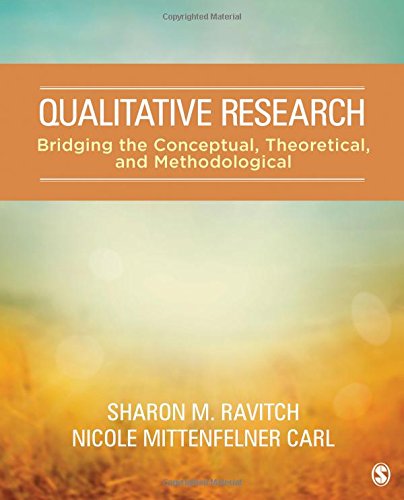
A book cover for Qualitative Research: Bridging the Conceptual, Theoretical, and Methodological; Sharon M. (Michelle) Ravitch; Science & Math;